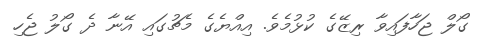
ގޯލް ޖަހާފައިވާ ރިޒޭގެ ކުޅުމެވެ. އިއްޔެގެ މެޗުގައި އޭނާ ދެ ގޯލު ޖެހި